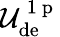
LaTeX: \mathcal{U}_{\mathrm{de}}^{\mathrm{~1~p~}}